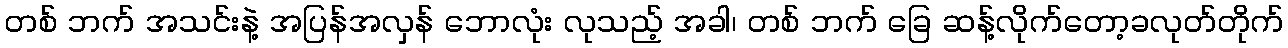
တစ် ဘက် အသင်းနဲ့ အပြန်အလှန် ဘောလုံး လုသည့် အခါ၊ တစ် ဘက် ခြေ ဆန့်လိုက်တော့ခလုတ်တိုက်